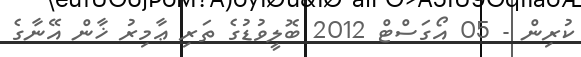
ކުރިން - 05 އޯގަސްޓް 2012 ބޮލީވުޑުގެ ތަރި ޢާމިރު ޚާން އޭނާގެ